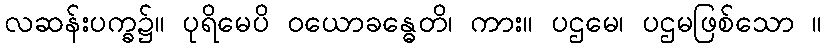
လဆန်းပက္ခ၌။ ပုရိမေပိ ဝယောခန္ဓေတိ၊ ကား။ ပဌမေ၊ ပဌမဖြစ်သော ။